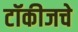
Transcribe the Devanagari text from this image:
टॉकीजचे